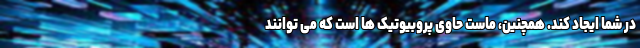
در شما ایجاد کند. همچنین، ماست حاوی پروبیوتیک ها است که می توانند